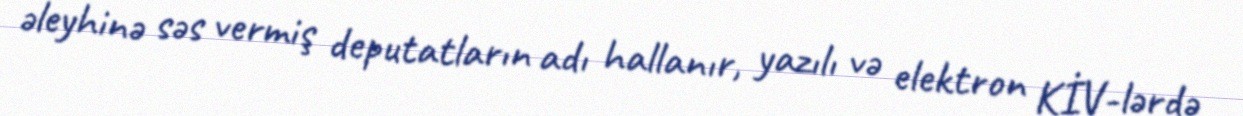
əleyhinə səs vermiş deputatların adı hallanır, yazılı və elektron KİV-lərdə